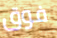
فوق